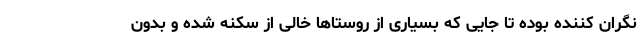
نگران کننده بوده تا جایی که بسیاری از روستاها خالی از سکنه شده و بدون